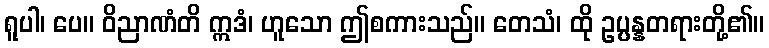
ရူပါ၊ ပေ။ ဝိညာဏံတိ ဣဒံ၊ ဟူသော ဤစကားသည်။ တေသံ၊ ထို ဥပ္ပန္နတရားတို့၏။